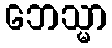
ဘေသ္မာ